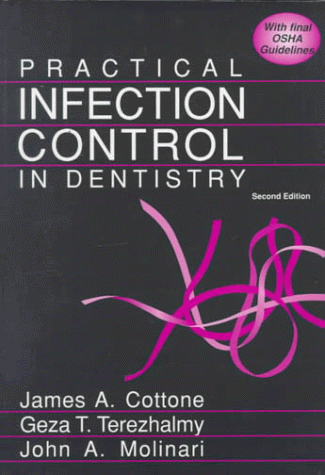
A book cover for Practical Infection Control in Dentistry; James A. Cottone; Medical Books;